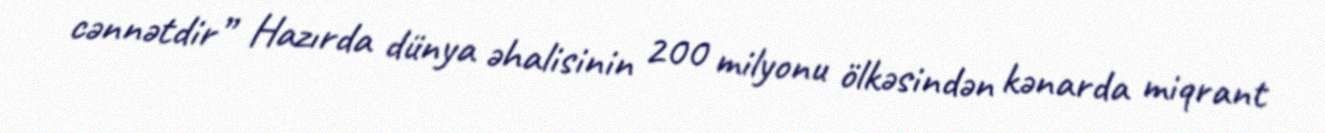
cənnətdir” Hazırda dünya əhalisinin 200 milyonu ölkəsindən kənarda miqrant